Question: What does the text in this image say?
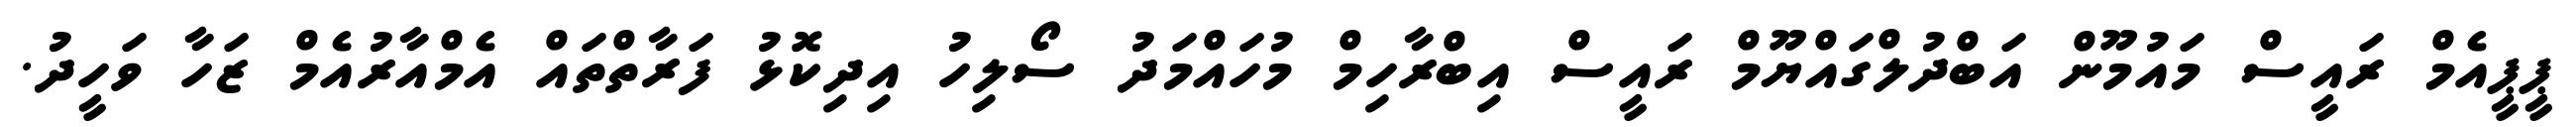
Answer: ޕީޕީއެމް ރައީސް މައުމޫން އަބްދުލްގައްޔޫމް ރައީސް އިބްރާހިމް މުހައްމަދު ސޯލިހު އިދިކޮޅު ފަރާތްތައް އެމްއާރުއެމް ޒަހާ ވަހީދު.